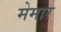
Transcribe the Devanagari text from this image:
मेमार